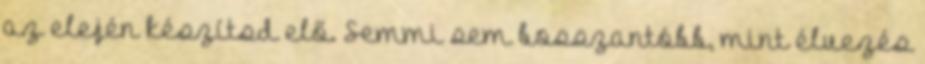
az elején készítsd elő. Semmi sem bosszantóbb, mint élvezés